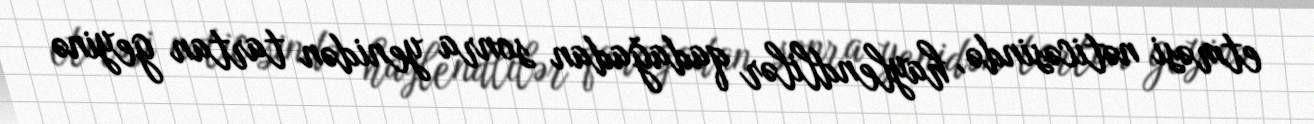
etməsi nəticəsində, haylendlilər qadağadan sonra yenidən tartan geyinə